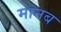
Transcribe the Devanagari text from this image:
मानब